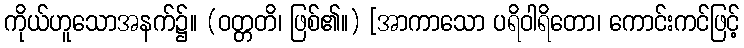
ကိုယ်ဟူသောအနက်၌။ (ဝတ္တတိ၊ ဖြစ်၏။) [အာကာသော ပရိဝါရိတော၊ ကောင်းကင်ဖြင့်